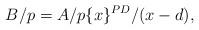
LaTeX: \begin{align*}B/p=A/p\{x\}^{PD}/(x-d),\end{align*}